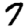
Digit: 7